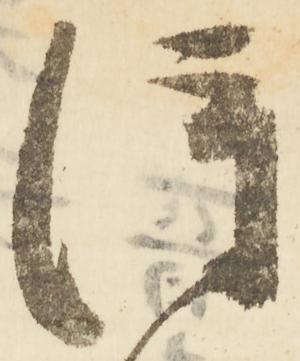
得